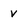
Character: v